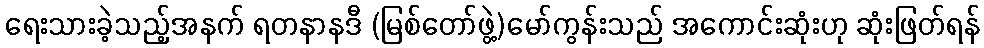
ရေးသားခဲ့သည့်အနက် ရတနာနဒီ (မြစ်တော်ဖွဲ့)မော်ကွန်းသည် အကောင်းဆုံးဟု ဆုံးဖြတ်ရန်